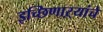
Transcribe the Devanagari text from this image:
इच्छिणाऱ्यांचे